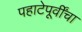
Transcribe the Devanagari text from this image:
पहाटेपूर्वींचा